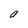
Character: a